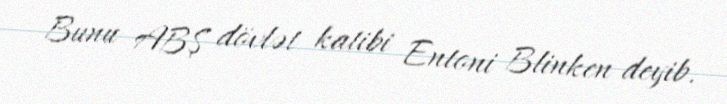
Bunu ABŞ dövlət katibi Entoni Blinken deyib.